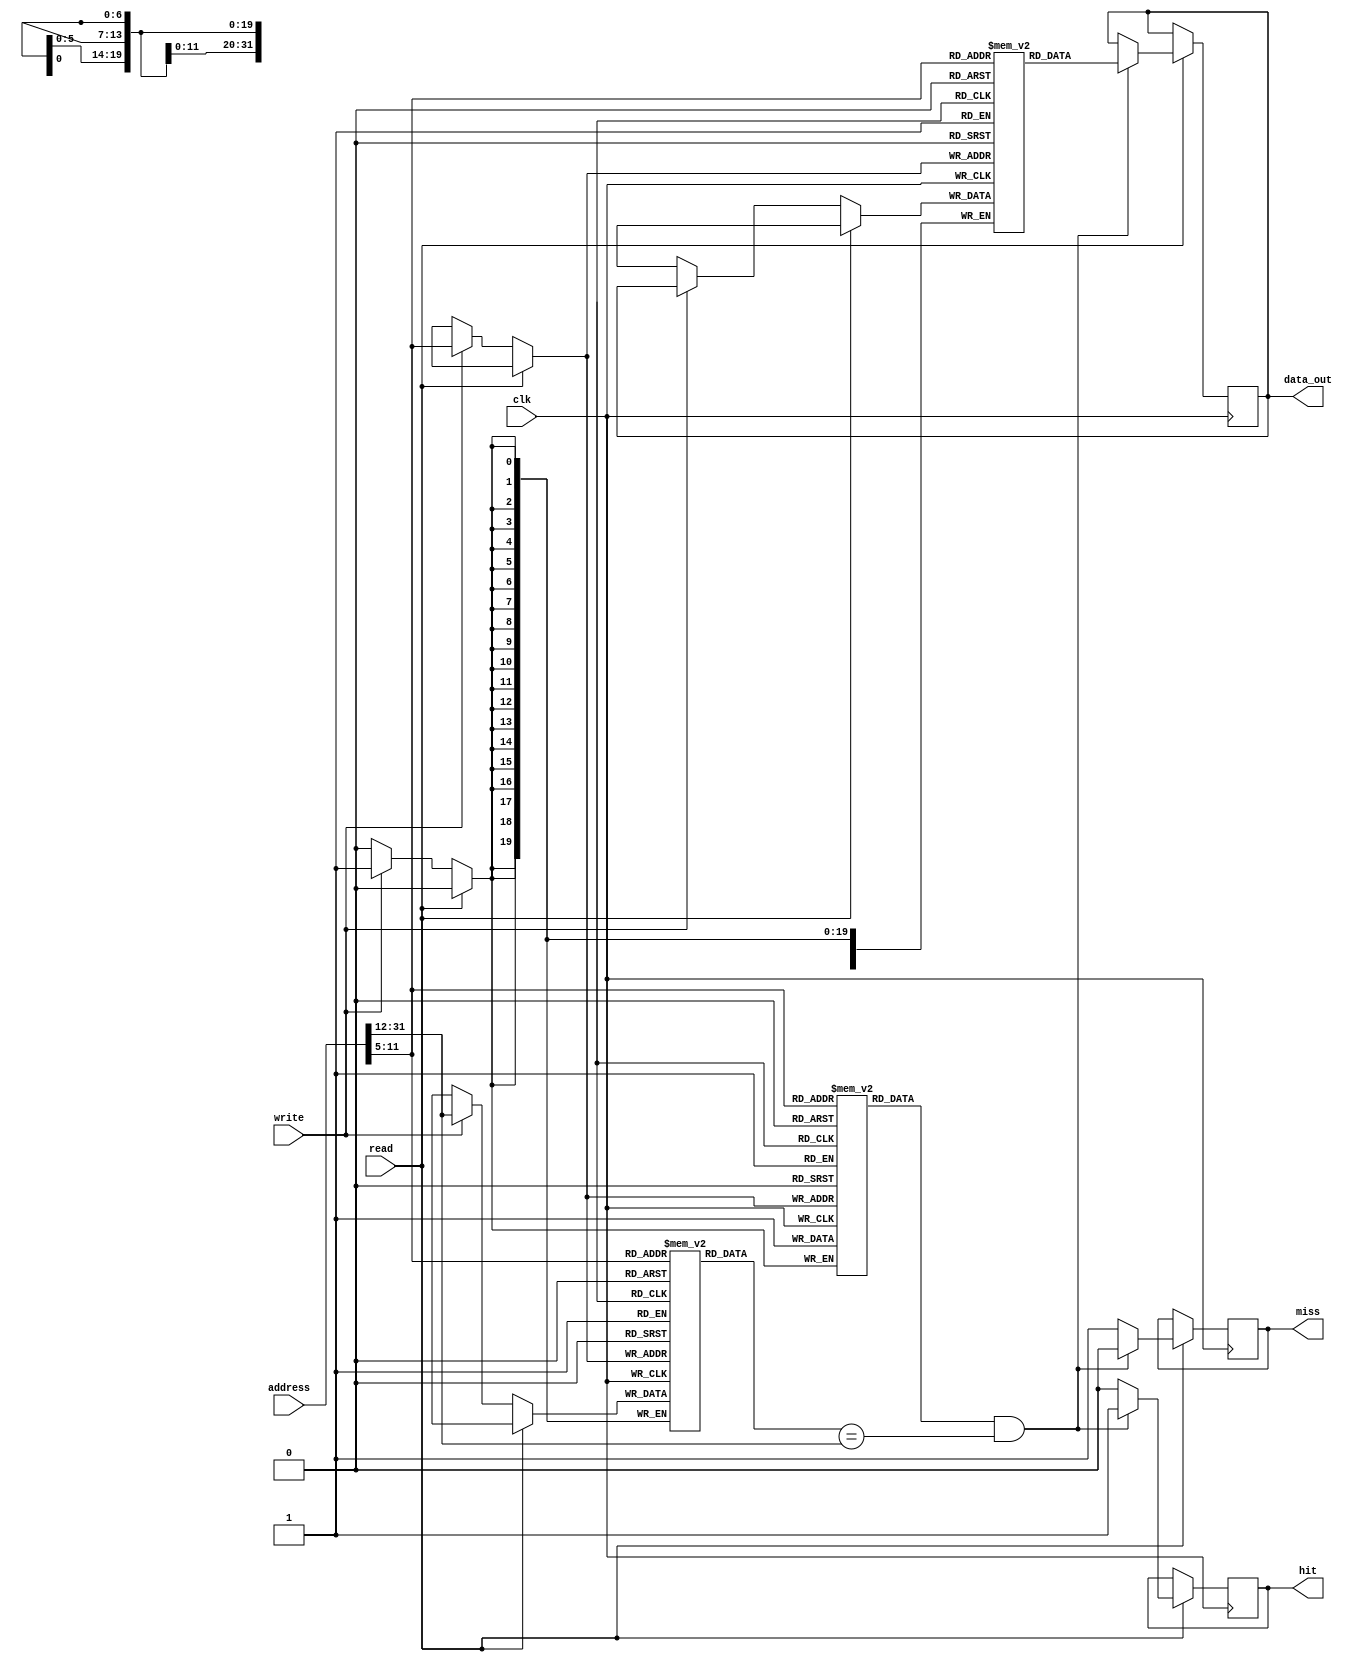
module InstructionCache #(
    parameter CACHE_SIZE = 4096, // Cache size in bytes
    parameter BLOCK_SIZE = 32,     // Block size in bytes
    parameter ADDR_WIDTH = 32      // Address width
)(
    input wire [ADDR_WIDTH-1:0] address, // Instruction address
    input wire read,                     // Read control signal
    input wire write,                    // Write control signal
    input wire clk,                      // Clock signal
    output reg [BLOCK_SIZE-1:0] data_out, // Data output
    output reg hit,                     // Hit signal
    output reg miss                     // Miss signal
);

    // Derived parameters
    localparam NUM_BLOCKS = CACHE_SIZE / BLOCK_SIZE; // Total number of blocks
    localparam INDEX_WIDTH = $clog2(NUM_BLOCKS);     // Index width
    localparam OFFSET_WIDTH = $clog2(BLOCK_SIZE);    // Offset width
    localparam TAG_WIDTH = ADDR_WIDTH - INDEX_WIDTH - OFFSET_WIDTH; // Tag width

    // Cache storage
    reg [BLOCK_SIZE-1:0] cache_data [0:NUM_BLOCKS-1]; // Cache data array
    reg [TAG_WIDTH-1:0] cache_tag [0:NUM_BLOCKS-1];   // Cache tag array
    reg valid [0:NUM_BLOCKS-1];                       // Valid bits

    // Address decomposition
    wire [INDEX_WIDTH-1:0] index = address[OFFSET_WIDTH +: INDEX_WIDTH];
    wire [OFFSET_WIDTH-1:0] offset = address[OFFSET_WIDTH-1:0];
    wire [TAG_WIDTH-1:0] tag = address[ADDR_WIDTH-1:OFFSET_WIDTH + INDEX_WIDTH];

    // Cache access
    always @(posedge clk) begin
        if (read) begin
            // Read operation
            if (valid[index] && (cache_tag[index] == tag)) begin
                // Cache hit
                hit <= 1'b1;
                miss <= 1'b0;
                data_out <= cache_data[index]; // Output the data
            end else begin
                // Cache miss
                hit <= 1'b0;
                miss <= 1'b1;
                // Fetch from main memory (not implemented here)
                // Load data into cache (not implemented here)
            end
        end else if (write) begin
            // Write operation
            // For simplicity, we will assume a write-through policy
            cache_data[index] <= data_out; // Write data to cache
            cache_tag[index] <= tag;        // Update tag
            valid[index] <= 1'b1;           // Mark block as valid
        end
    end

    // Initialization
    integer i;
    initial begin
        for (i = 0; i < NUM_BLOCKS; i = i + 1) begin
            valid[i] = 1'b0; // Initialize all blocks as invalid
        end
    end

endmodule